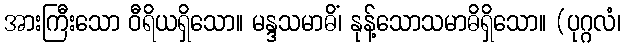
အားကြီးသော ဝီရိယရှိသော။ မန္ဒသမာဓိံ၊ နုန့်သောသမာဓိရှိသော။ (ပုဂ္ဂလံ၊